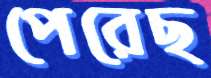
পেরেছ